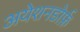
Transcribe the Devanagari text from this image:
अयेशनडोर्फ़